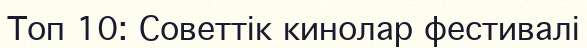
Топ 10: Советтік кинолар фестивалі